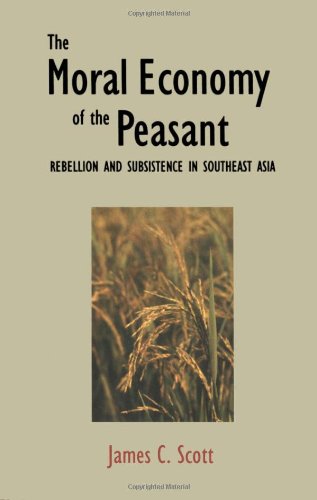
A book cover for The Moral Economy of the Peasant: Rebellion and Subsistence in Southeast Asia; James C. Scott; Politics & Social Sciences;